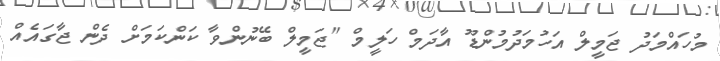
މުހައްމަދު ޖަމީލް އަހުމަދުމުންޑޫ އާދަމް ހަލީމް "ޖަމީލް ބޭނުންވާ ކަންކަމަށް ދެން ޖާގައެއް